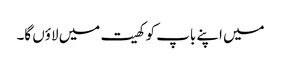
میں اپنے باپ کو کھیت میں لاؤں گا۔